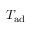
T _ { \mathrm { a d } }